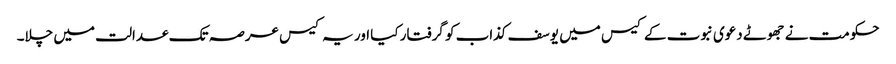
حکومت نے جھوٹے دعوی نبوت کے کیس میں یوسف کذاب کو گرفتار کیا اور یہ کیس عرصہ تک عدالت میں چلا۔